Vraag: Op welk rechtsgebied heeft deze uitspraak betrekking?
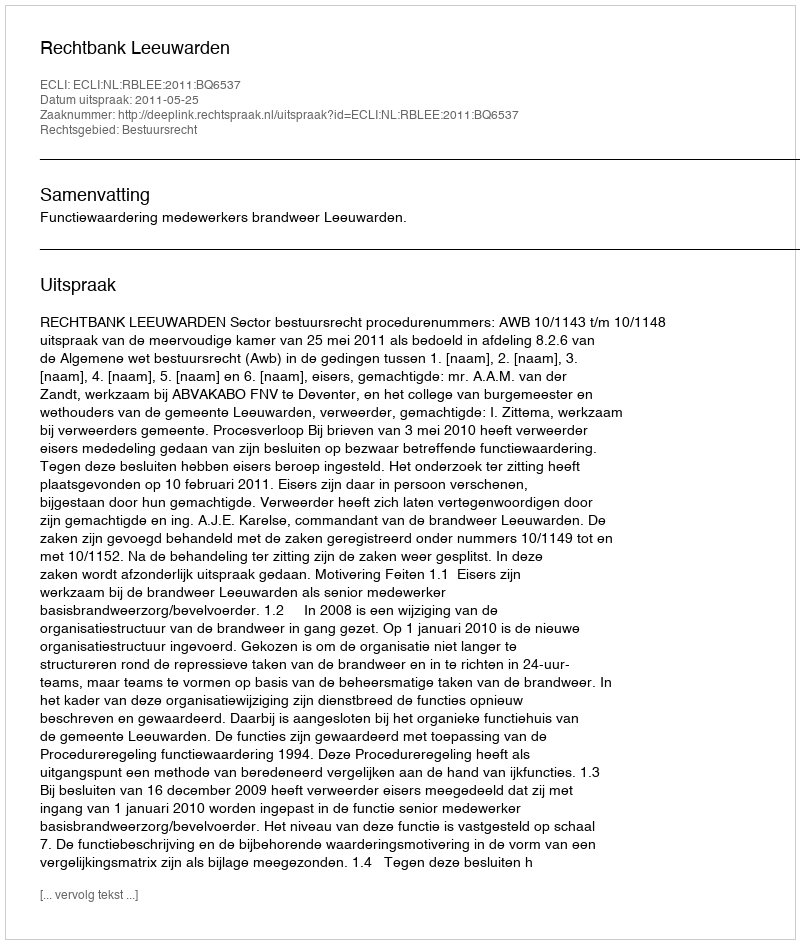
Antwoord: Bestuursrecht